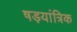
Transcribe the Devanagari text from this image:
षड़यांत्रिक